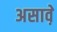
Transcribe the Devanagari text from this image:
असाव़े